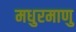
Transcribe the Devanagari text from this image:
मधुरमाणु